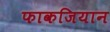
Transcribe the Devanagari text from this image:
फाकजियान